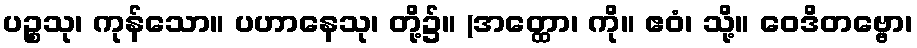
ပဉ္စသု၊ ကုန်သော။ ပဟာနေသု၊ တို့၌။ (အတ္ထော၊ ကို။ ဧဝံ၊ သို့။ ဝေဒိတဗ္ဗော၊